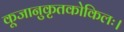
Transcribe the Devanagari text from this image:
कूजानुकृतकोकिलः।